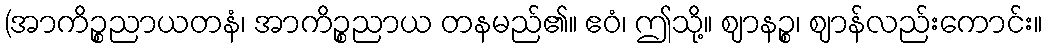
(အာကိဉ္စညာယတနံ၊ အာကိဉ္စညာယ တနမည်၏။ ဧဝံ၊ ဤသို့။ ဈာနဉ္စ၊ ဈာန်လည်းကောင်း။